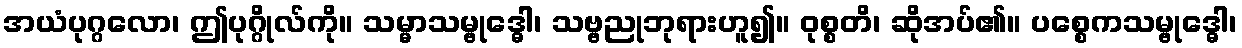
အယံပုဂ္ဂလော၊ ဤပုဂ္ဂိုလ်ကို။ သမ္မာသမ္ဗုဒ္ဓေါ၊ သဗ္ဗညုဘုရားဟူ၍။ ဝုစ္စတိ၊ ဆိုအပ်၏။ ပစ္စေကသမ္ဗုဒ္ဓေါ၊